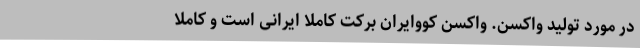
در مورد تولید واکسن. واکسن کووایران برکت کاملا ایرانی است و کاملا